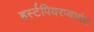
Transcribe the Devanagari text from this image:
हर्स्टपियरप्वायंट